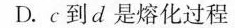
D.c到d是熔化过程